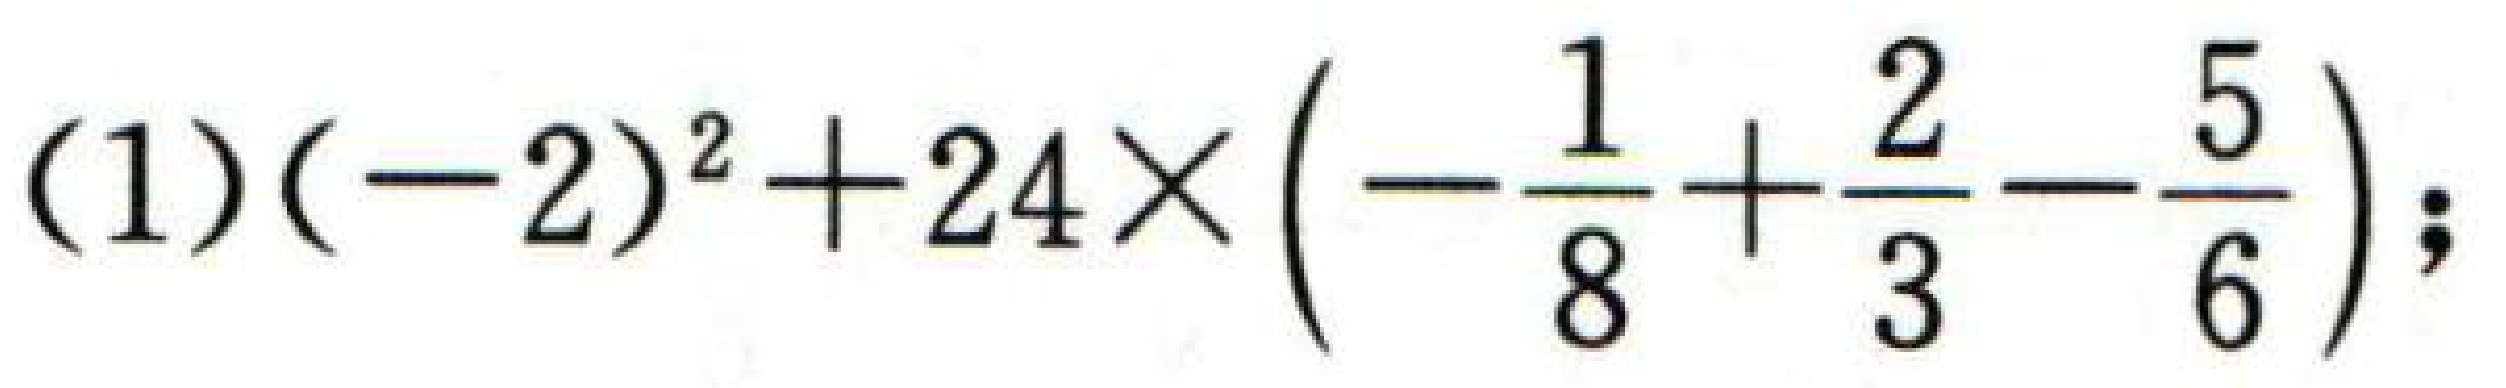
$(-2)^{2}+24\times\left(-\frac{1}{8}+\frac{2}{3}-\frac{5}{6}\right);$